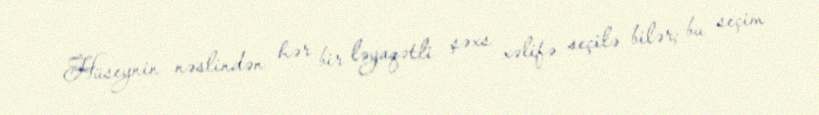
Hüseynin nəslindən hər bir ləyaqətli şəxs xəlifə seçilə bilər; bu seçim